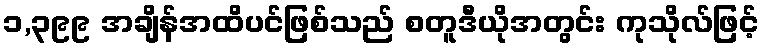
၁,၃၉၉ အချိန်အထိပင်ဖြစ်သည် စတူဒီယိုအတွင်း ကုသိုလ်ဖြင့်